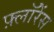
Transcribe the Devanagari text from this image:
फ़्लॉरेंस